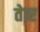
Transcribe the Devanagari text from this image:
तेार